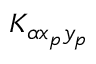
K _ { \alpha x _ { p } y _ { p } }